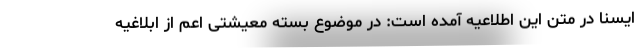
ایسنا در متن این اطلاعیه آمده است: در موضوع بسته معیشتی اعم از ابلاغیه